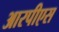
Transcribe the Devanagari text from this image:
आरपीएस